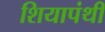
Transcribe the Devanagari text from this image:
शियापंथी